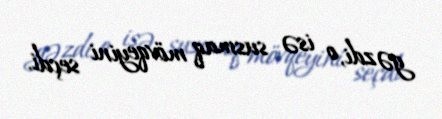
gəzdi, o isə susmaq mövqeyini seçdi.